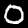
Label: 0